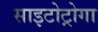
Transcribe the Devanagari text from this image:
साइटोट्रोगा